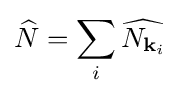
{\widehat {N}}=\sum _{i}{\widehat {N_{{\mathbf {k} }_{i}}}}